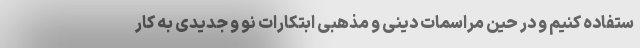
ستفاده کنیم و در حین مراسمات دینی و مذهبی ابتکارات نو و جدیدی به کار